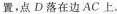
置，点D落在边AC上，